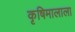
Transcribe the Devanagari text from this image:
कृषिमालाला